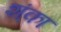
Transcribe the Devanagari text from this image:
श्ंका